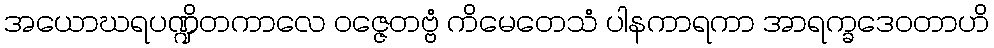
အယောဃရပဏ္ဍိတကာလေ ဝဇ္ဇေတဗ္ဗံ ကိမေတေသံ ပါနကာရကာ အာရက္ခဒေဝတာဟိ